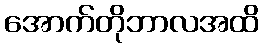
အောက်တိုဘာလအထိ